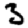
Digit: 3